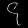
Digit: ၄